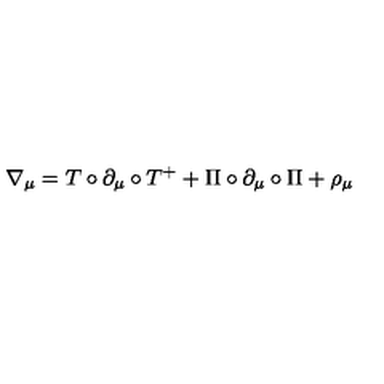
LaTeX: \nabla _ { \mu } = T \circ \partial _ { \mu } \circ T ^ { + } + \Pi \circ \partial _ { \mu } \circ \Pi + \rho _ { \mu }